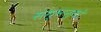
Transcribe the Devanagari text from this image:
सम्भन्धो